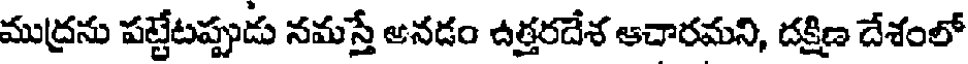
ముద్రను పట్టేటప్పుడు నమస్తే అనడం ఉత్తరదేశ ఆచారమని, దక్షిణ దేశంలో